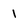
Character: 1